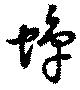
蝉